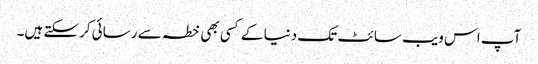
آپ اس ویب سائٹ تک دنیا کے کسی بھی خطہ سے رسائی کرسکتے ہیں۔